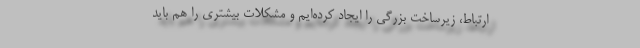
ارتباط، زیرساخت بزرگی را ایجاد کرده‌ایم و مشکلات بیشتری را هم باید